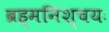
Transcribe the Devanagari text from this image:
ब्रह्मनिश्चयः